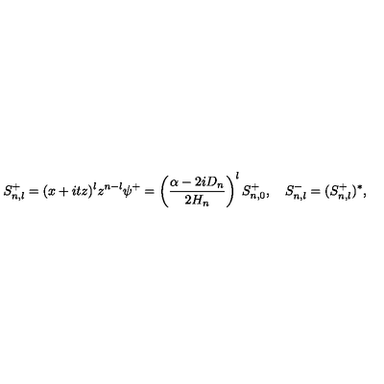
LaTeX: S _ { n , l } ^ { + } = ( x + i t z ) ^ { l } z ^ { n - l } \psi ^ { + } = \left( \frac { \alpha - 2 i D _ { n } } { 2 H _ { n } } \right) ^ { l } S _ { n , 0 } ^ { + } , \quad S _ { n , l } ^ { - } = ( S _ { n , l } ^ { + } ) ^ { * } ,